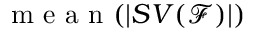
\mathrm { ~ m ~ e ~ a ~ n ~ } ( | S V ( \mathcal { F } ) | )